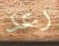
رعد